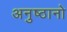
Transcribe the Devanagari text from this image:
अनुष्ठानो